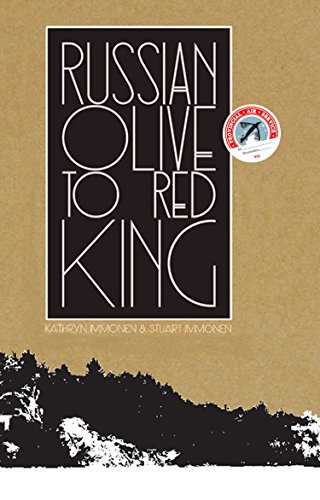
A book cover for Russian Olive To Red King; Kathryn Immonen; Comics & Graphic Novels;